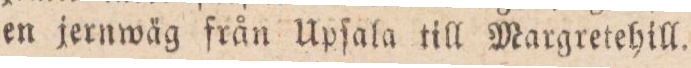
en jernwäg från Upſala till Margretehill.